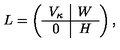
L = \left( \begin{array} { c | c } { V _ { \kappa } } & { W } \\ \hline { 0 } & { H } \\ \end{array} \right) ,